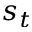
s _ { t }